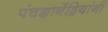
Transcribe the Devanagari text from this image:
पंचज्ञानेंद्रियांनी